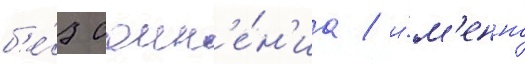
б'е́з сомн'е́н'иа / и́м'енно